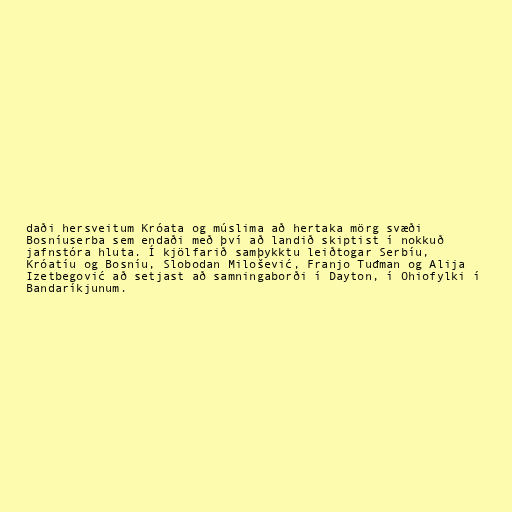
daði hersveitum Króata og múslima að hertaka mörg svæði
Bosníuserba sem endaði með því að landið skiptist í nokkuð
jafnstóra hluta. Í kjölfarið samþykktu leiðtogar Serbíu,
Króatíu og Bosníu, Slobodan Milošević, Franjo Tuđman og Alija
Izetbegović að setjast að samningaborði í Dayton, í Ohiofylki í
Bandaríkjunum.